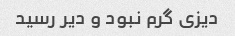
دیزی گرم نبود و دیر رسید